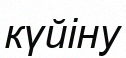
күйіну